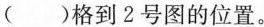
( )格到2号图的位置。